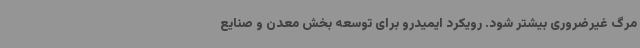
مرگ غیرضروری بیشتر شود. رویکرد ایمیدرو برای توسعه بخش معدن و صنایع